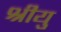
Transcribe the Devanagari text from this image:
श्रीयु